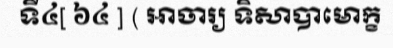
ទី៤[ ៦៤ ] ( អាចារ្យ ទិសាបាមោក្ខ